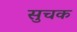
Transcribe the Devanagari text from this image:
सुचक